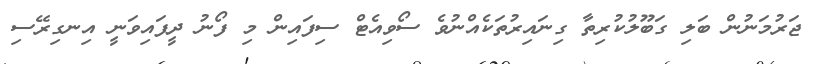
ޖަރުމަނުން ބަލި ގަބޫލުކުރިތާ ގިނައިރުތަކެއްނުވެ ސޯވިއެޓް ސިފައިން މި ފޯނު ދީފައިވަނީ އިނގިރޭސި